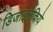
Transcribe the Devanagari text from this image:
डिजाइनकिये